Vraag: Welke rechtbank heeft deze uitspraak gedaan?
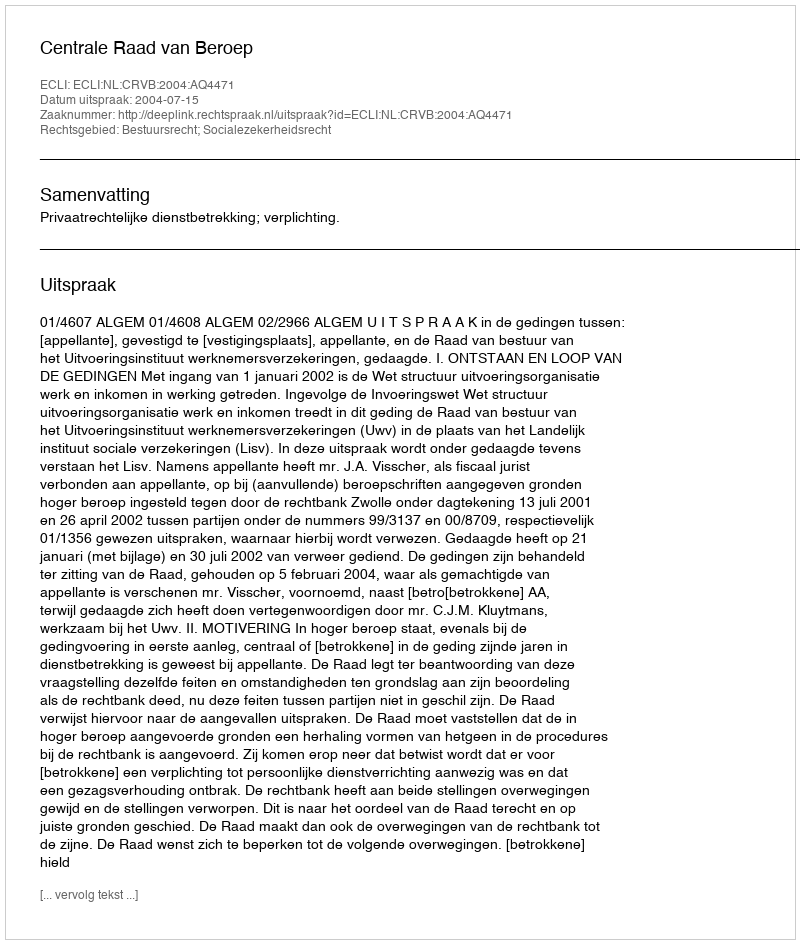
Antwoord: Centrale Raad van Beroep